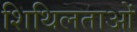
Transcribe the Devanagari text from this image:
शिथिलताओं